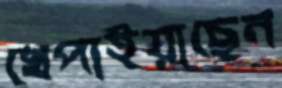
খেপাইয়াছেন